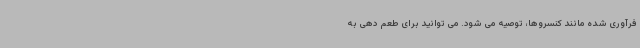
فرآوری شده مانند کنسروها، توصیه می شود. می توانید برای طعم دهی به